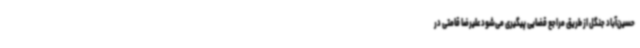
حسین‌آباد جنگل از طریق مراجع قضایی پیگیری می‌شود علیرضا قامتی در